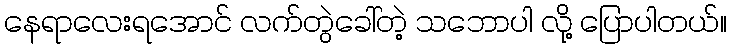
နေရာလေးရအောင် လက်တွဲခေါ်တဲ့ သဘောပါ လို့ ပြောပါတယ်။